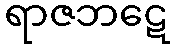
ရာဇဘဋေ